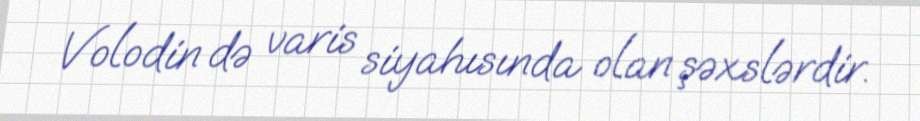
Volodin də varis siyahısında olan şəxslərdir.